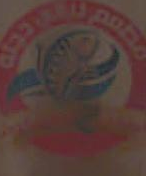
د